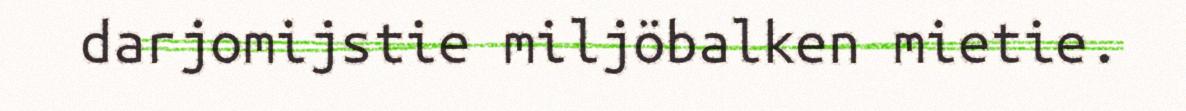
darjomijstie miljöbalken mietie.